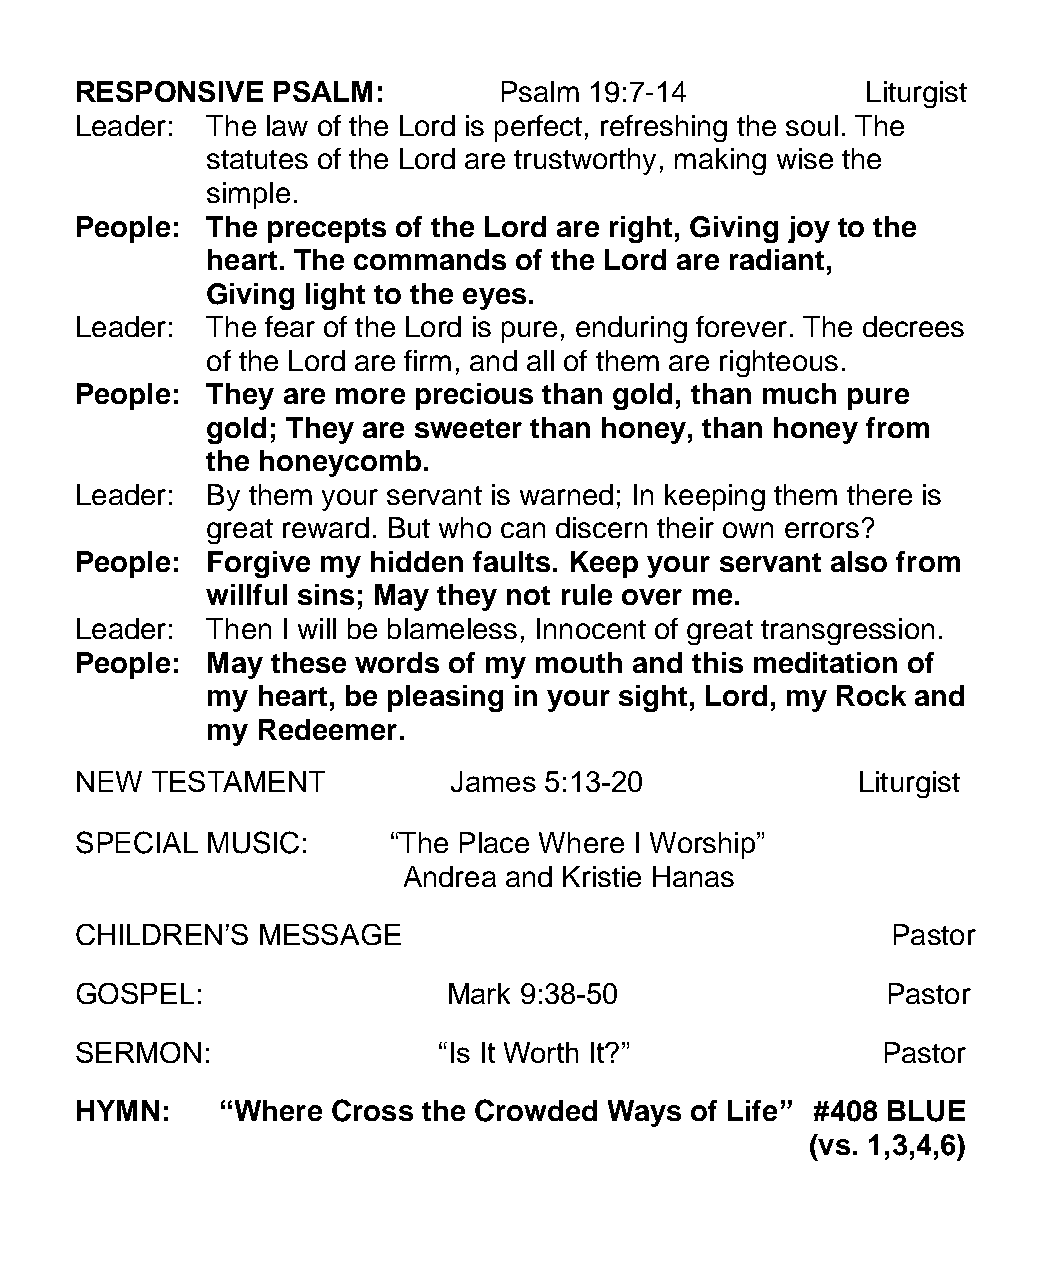
RESPONSIVE   PSALM:         Psalm 19:7-14           Liturgist
 Leader:  The law of the Lord is perfect, refreshing the soul. The
 statutes of the Lord are trustworthy, making wise the
 simple.
 People:  The precepts of the Lord are right, Giving joy to the
 heart. The commands of the Lord are radiant,
 Giving light to the eyes.
 Leader:  The fear of the Lord is pure, enduring forever. The decrees
 of the Lord are firm, and all of them are righteous.
 People:  They are more precious than gold, than much pure
 gold; They are sweeter than honey, than honey from
 the honeycomb.
 Leader:  By them your servant is warned; In keeping them there is
 great reward. But who can discern their own errors?
 People:  Forgive my hidden faults. Keep your servant also from
 willful sins; May they not rule over me.
 Leader:  Then I will be blameless, Innocent of great transgression.
 People:  May these words of my mouth and this meditation of
 my heart, be pleasing in your sight, Lord, my Rock and
 my Redeemer.
 NEW  TESTAMENT           James 5:13-20              Liturgist
 SPECIAL  MUSIC:      “The Place Where I Worship”
 Andrea and Kristie Hanas
 CHILDREN’S  MESSAGE                                   Pastor
 GOSPEL:                  Mark 9:38-50                 Pastor
 SERMON:                 “Is It Worth It?”            Pastor
 HYMN:     “Where Cross the Crowded Ways  of Life” #408 BLUE
 (vs. 1,3,4,6)